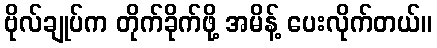
ဗိုလ်ချုပ်က တိုက်ခိုက်ဖို့ အမိန့် ပေးလိုက်တယ်။